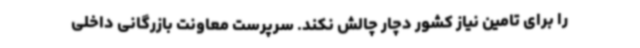
را برای تامین نیاز کشور دچار چالش نکند. سرپرست معاونت بازرگانی داخلی